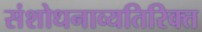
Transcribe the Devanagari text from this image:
संशोधनाव्यतिरिक्त